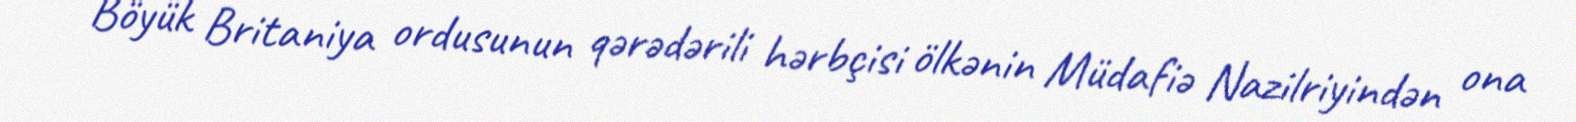
Böyük Britaniya ordusunun qərədərili hərbçisi ölkənin Müdafiə Nazilriyindən ona